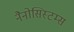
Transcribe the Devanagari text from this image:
नैनोसिस्टम्स